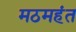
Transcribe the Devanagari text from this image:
मठमहंत